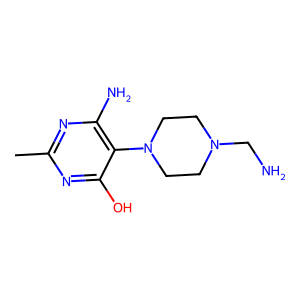
SMILES: Cc1nc(N)c(N2CCN(CN)CC2)c(O)n1
Inhibits HIV replication: No